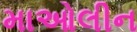
માઓલીન